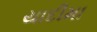
યાદીમા